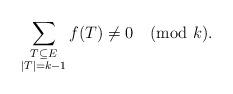
LaTeX: \begin{align*} \sum_{\substack{T \subseteq E \\ |T| = k-1}} f(T) \neq 0 \pmod k. \end{align*}